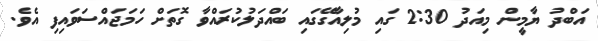
އަބްދު ޔާމީން މިއަދު 2:30 ގައި މުލިއާގޭގައި ބައްދަލުކުރައްވާ ގޮތަށް ހަމަޖައްސަވައިފި އެވެ.